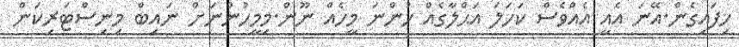
ހިފައިގެން.އޭނަ އެއީ އެއްވެސް ކަހަލަ އަޙްލާގެއް ހުންނަ މީހެއް ނޫން.މިމީހުންނަށް ނައިބް މިނިސްޓަރިކަން